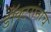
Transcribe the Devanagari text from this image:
डॉक्टरांनाच